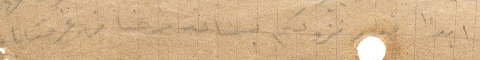
ابدًا نزودكم بساعة خرجنا من غرفتنا